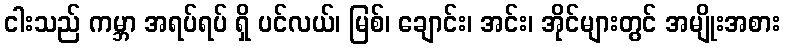
ငါးသည် ကမ္ဘာ အရပ်ရပ် ရှိ ပင်လယ်၊ မြစ်၊ ချောင်း၊ အင်း၊ အိုင်များတွင် အမျိုးအစား